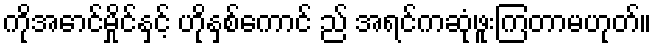
ကိုအောင်မှိုင်နှင့် ဟိုနှစ်ကောင် ည် အရင်ကဆုံဖူးကြတာမဟုတ်။